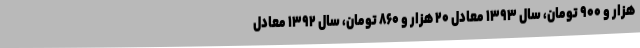
هزار و ۹۰۰ تومان، سال ۱۳۹۳ معادل ۲۰ هزار و ۸۶۰ تومان، سال ۱۳۹۲ معادل